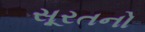
સૂરતનો